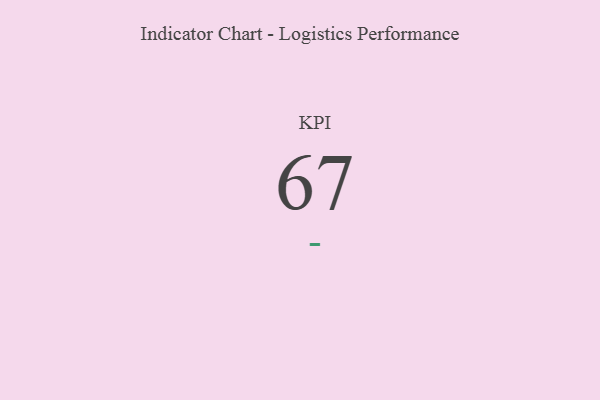
{"axis": {"x": "KPI", "y": "Value"}, "legend": [""], "data": [{"x": "KPI", "y": 67, "type": ""}]}